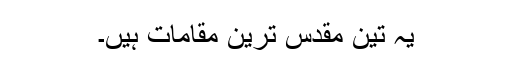
یہ تین مقدس ترین مقامات ہیں۔